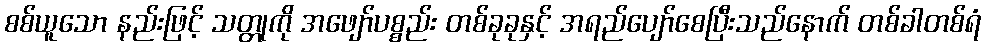
စစ်ယူသော နည်းဖြင့် သတ္တုကို အဖျော်ပစ္စည်း တစ်ခုခုနှင့် အရည်ပျော်စေပြီးသည်နောက် တစ်ခါတစ်ရံ